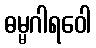
ဓမ္မဂါရဝေါ